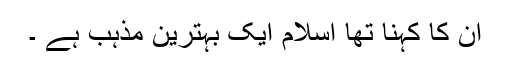
ان کا کہنا تھا اسلام ایک بہترین مذہب ہے ۔